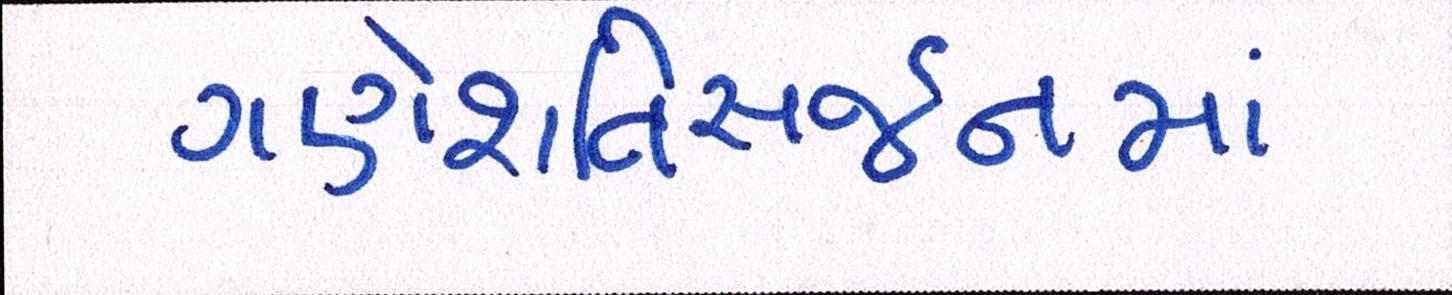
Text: ગણેશવિસર્જનમાં